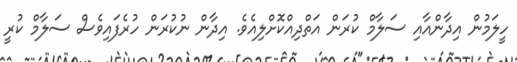
ހީލަމުން އިދާންއާއި ސަލާމް ކުރަން އަތްދިއްކޮށްލިއެވެ. އިދާން ނުކުރަން ހުރެފައިވެސް ސަލާމް ކުރީ